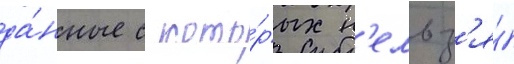
да́нные с кото́рых н'ельз'я́